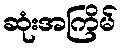
ဆုံးအကြိမ်